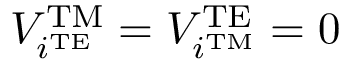
V _ { i ^ { \mathrm { T E } } } ^ { \mathrm { T M } } = V _ { i ^ { \mathrm { T M } } } ^ { \mathrm { T E } } = 0